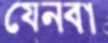
যেনবা